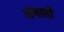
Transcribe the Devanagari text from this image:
तांबाडी